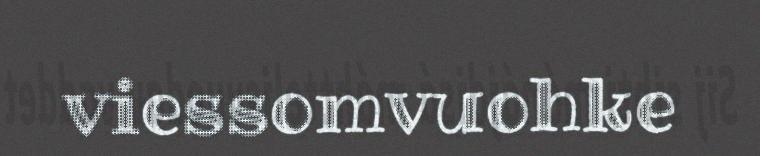
viessomvuohke